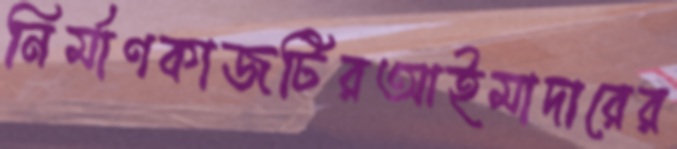
নির্মাণকাজটিরআইমাদারের